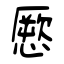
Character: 憠